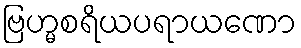
ဗြဟ္မစရိယပရာယဏော